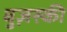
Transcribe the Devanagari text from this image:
बुज़स्की